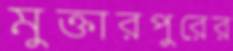
মুক্তারপুরের